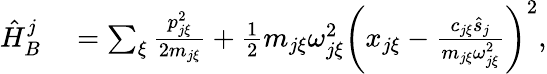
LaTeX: \begin{array}{rl}{\hat{H}_{B}^{j}}&{{}=\sum_{\xi}\frac{p_{j\xi}^{2}}{2m_{j\xi}}+\frac{1}{2}m_{j\xi}\omega_{j\xi}^{2}\left(x_{j\xi}-\frac{c_{j\xi}\hat{s}_{j}}{m_{j\xi}\omega_{j\xi}^{2}}\right)^{2},}\end{array}